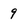
Character: 9